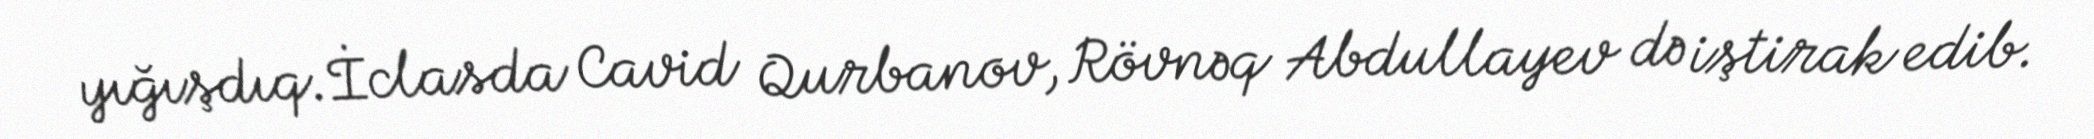
yığışdıq.İclasda Cavid Qurbanov, Rövnəq Abdullayev də iştirak edib.